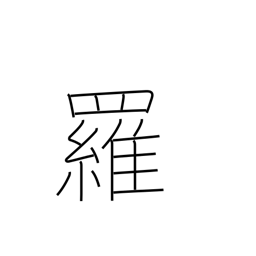
Meaning: gauze